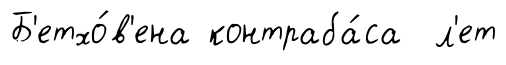
Б'етхо́в'ена контраба́са л'ет